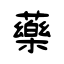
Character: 藥